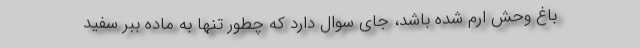
باغ وحش ارم شده باشد، جای سوال دارد که چطور تنها به ماده ببر سفید